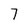
Character: 7